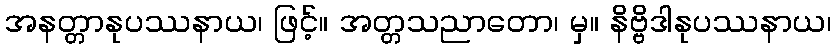
အနတ္တာနုပဿနာယ၊ ဖြင့်။ အတ္တသညာတော၊ မှ။ နိဗ္ဗိဒါနုပဿနာယ၊